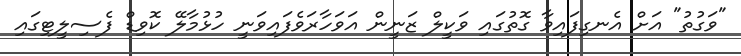
"ވަގުތު" އަށް އެނގިފައިވާ ގޮތުގައި ވަކީލް ޒަނީން އަވަހާރަވެފައިވަނީ ހުޅުމާލޭ ކޮވިޑް ފެސިލީޓިގައި